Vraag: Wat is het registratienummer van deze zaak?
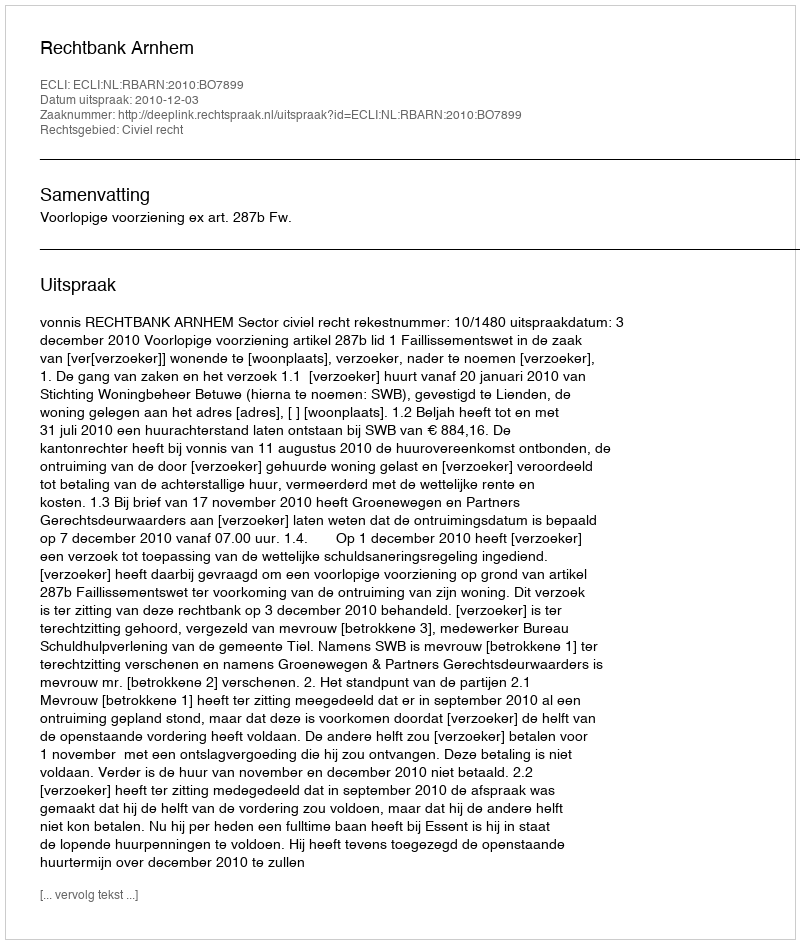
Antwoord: http://deeplink.rechtspraak.nl/uitspraak?id=ECLI:NL:RBARN:2010:BO7899